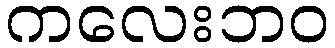
ကလေးဘဝ